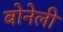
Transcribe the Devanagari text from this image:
बोनेली